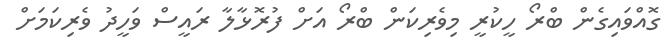
ގޮއްވައިގެން ބްރޯ ހީކުރީ މިވެރިކަން ބްރޯ އަށް ފުރޮޅާލާ ރައީސް ވަހީދު ވެރިކަމަށް